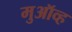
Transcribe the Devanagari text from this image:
मुऑव्ह